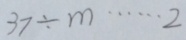
3 7 \div m \cdots 2